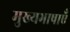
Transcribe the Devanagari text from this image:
मुख्यभाषाएँ